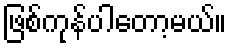
ဖြစ်ကုန်ပါတော့မယ်။